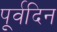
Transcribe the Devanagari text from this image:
पूर्वदिन